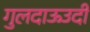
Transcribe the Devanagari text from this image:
गुलदाऊउदी